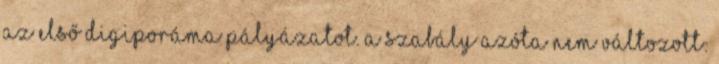
az első digiporáma pályázatot. A szabály azóta nem változott: